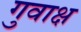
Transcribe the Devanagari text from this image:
गुवाक्ष